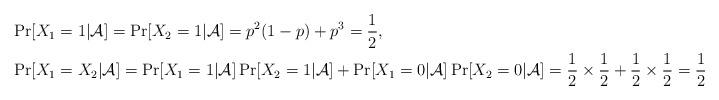
LaTeX: \begin{align*}&\Pr[X_1=1|\mathcal{A}]=\Pr[X_2=1|\mathcal{A}]=p^2(1-p)+p^3=\frac{1}{2},\\&\Pr[X_1=X_2|\mathcal{A}]=\Pr[X_1=1|\mathcal{A}]\Pr[X_2=1|\mathcal{A}]+\Pr[X_1=0|\mathcal{A}]\Pr[X_2=0|\mathcal{A}]=\frac{1}{2}\times\frac{1}{2}+\frac{1}{2}\times\frac{1}{2}=\frac{1}{2}. \\\end{align*}